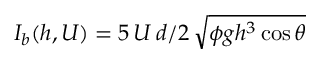
I _ { b } ( h , U ) = 5 \, U \, d / 2 \, \sqrt { \phi g h ^ { 3 } \cos \theta }